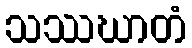
သဿဃာတံ